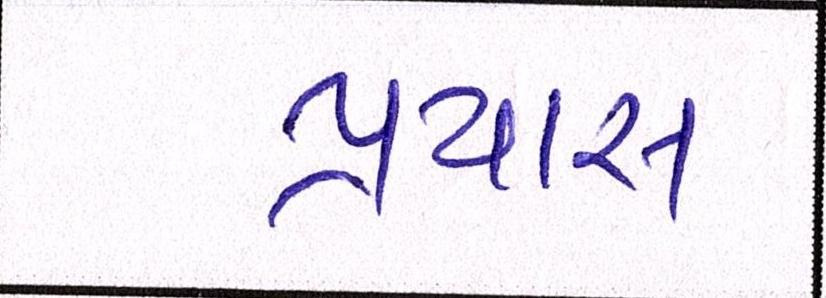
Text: પ્રયાસ